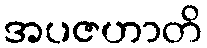
အပဇဟာတိ